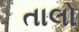
તાલો